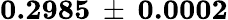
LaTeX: \mathbf{0.2985\: \pm{\: 0.0002}}